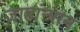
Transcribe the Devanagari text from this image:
जाहांन्सन